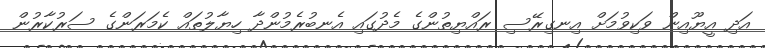
އަދި އީޔޫއިން ވަކިވުމަށް އިނގިރޭސި ރައްޔިތުންގެ މެދުގައި އެނބުރެމުންދާ ހިޔާލުތައް ކެމަރަންގެ ސަރުކާރުން